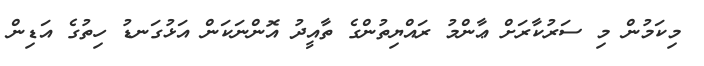
މިކަމުން މި ސަރުކާރަށް ޢާންމު ރައްޔިތުންގެ ތާއީދު އޮންނަކަން އަޅުގަނޑު ހިތުގެ އަޑިން